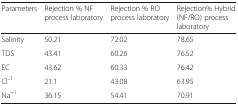
| Parameters | Rejection % NF process laboratory | Rejection % RO process laboratory | Rejection% Hybrid (NF/RO) process laboratory |
 | --- | --- | --- | --- |
 | Salinity | 50.21 | 72.02 | 78.65 |
 | TDS | 43.41 | 60.26 | 76.52 |
 | EC | 43.62 | 60.33 | 76.42 |
 | Cl ̄1 | 21.1 | 43.08 | 63.95 |
 | Na+1 | 36.15 | 54.41 | 70.91 |